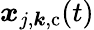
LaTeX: \boldsymbol{x}_{j,\boldsymbol{k},\mathrm{c}}(t)